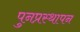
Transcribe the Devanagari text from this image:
पुनप्रस्थापन